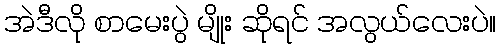
အဲဒီလို စာမေးပွဲ မျိုး ဆိုရင် အလွယ်လေးပဲ။